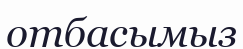
отбасымыз